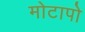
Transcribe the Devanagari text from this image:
मोटापो